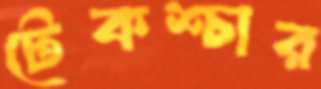
টেকশ্চার